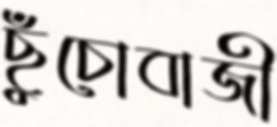
ছুঁচোবাজী